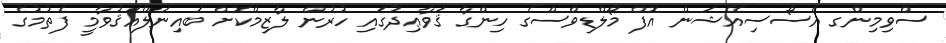
ސްވިމިންގ އެސޯސިއޭޝަން އޮފް މޯލްޑިވްސްގެ ހިންގާ ޤަވާޢިދުގައި ހުރުން ލާޒިމްކޮށް ބައިނަލްއަޤުވާމީ ފެތުމުގެ